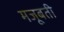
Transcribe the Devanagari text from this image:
मजूबती